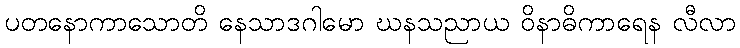
ပတနောကာသောတိ နေသာဒဂါမော ဃနသညာယ ဝိနာဓိကာရေန လီလာ